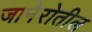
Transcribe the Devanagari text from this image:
जानेरोतील